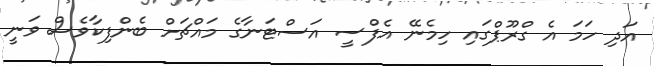
އަދި ހަމަ އެ ގްރޫޕްގައި ހިމެނޭ އެފްސީ އަސްޓަނާގެ މައްޗަށް ބެންފިކާވެސް ވަނީ